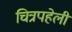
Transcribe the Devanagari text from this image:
चित्रपहेली